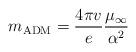
LaTeX: \begin{align*}m_{\rm ADM}= \frac{4 \pi v}{e} \frac{\mu_\infty}{\alpha^2}\end{align*}